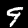
Label: 9